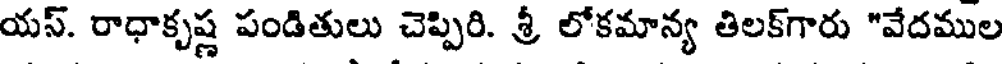
యస్. రాధాకృష్ణ పండితులు చెప్పిరి. శ్రీ లోకమాన్య తిలక్గారు "వేదముల